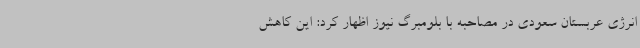
انرژی عربستان سعودی در مصاحبه با بلومبرگ نیوز اظهار کرد: این کاهش